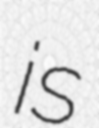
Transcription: is